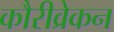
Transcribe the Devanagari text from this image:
कौरीव्रेकन